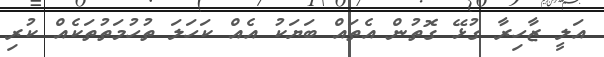
އަލީ ޒާހިރާ ގުޅޭ ގޮތުން އެތައް ބަޔަކު އެއް ކަހަލަ ތުހުމަތުތަކެއް ކުރި